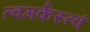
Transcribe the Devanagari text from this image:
त्वमर्कस्त्वं